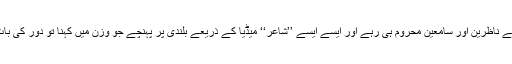
ثروت حسین اور قمر جمیل جیسے شاعروں سے ناظرین اور سامعین محروم ہی رہے اور ایسے ایسے ’’شاعر‘‘ میڈیا کے ذریعے بلندی پر پہنچے جو وزن میں کہنا تو دُور کی بات ہے‘ وزن میں پڑھنے سے بھی قاصر تھے۔